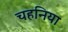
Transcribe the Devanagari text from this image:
चहनिया